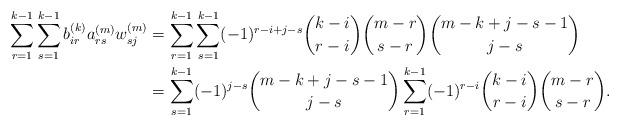
LaTeX: \begin{align*}\begin{aligned}\sum_{r=1}^{k-1}\sum_{s=1}^{k-1}b^{(k)}_{ir}a^{(m)}_{rs}w^{(m)}_{sj}&=\sum_{r=1}^{k-1}\sum_{s=1}^{k-1}(-1)^{r-i+j-s}\binom{k-i}{r-i}\binom{m-r}{s-r}\binom{m-k+j-s-1}{j-s}\\&=\sum_{s=1}^{k-1}(-1)^{j-s}\binom{m-k+j-s-1}{j-s}\sum_{r=1}^{k-1}(-1)^{r-i}\binom{k-i}{r-i}\binom{m-r}{s-r}.\end{aligned}\end{align*}